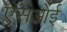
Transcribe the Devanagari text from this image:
एसओई